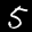
Label: 5